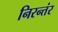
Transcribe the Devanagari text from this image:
निरन्तंर